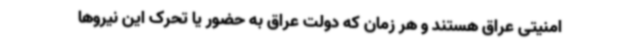
امنیتی عراق هستند و هر زمان که دولت عراق به حضور یا تحرک این نیروها